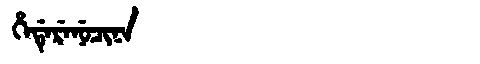
Manchu: ᡥᡝᡩᡝᡵᡝᠨᡠᠴᡳᠨᠠ
Romanization: HEDERENUCINA